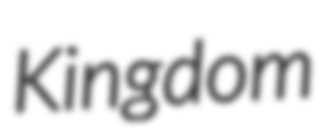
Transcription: Kingdom